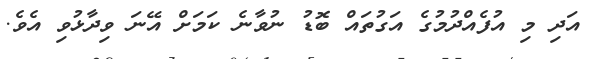
އަދި މި އުފެއްދުމުގެ އަގުތައް ބޮޑު ނުވާނެ ކަމަށް އޭނަ ވިދާޅުވި އެވެ.